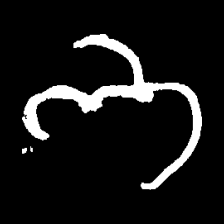
Pyu character \u2014 Myanmar letter: ဘ (romanized: bha)